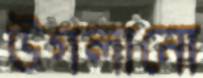
উগলানো